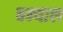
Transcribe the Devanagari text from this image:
बन्‍याल